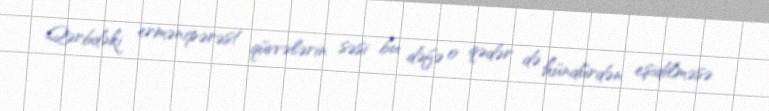
Qərbdəki ermənipərəst qüvvələrin səsi bu dəfə o qədər də hündürdən eşidilməsə